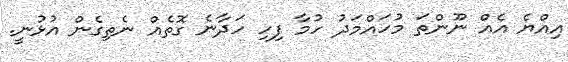
އިއްޔެ އެއް ނޫންތަ މުހައްމަދު ހުމާ ފިހި ހަދާނެ ގޮތެއް ނެތިގެން އުޅުނީ.